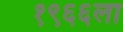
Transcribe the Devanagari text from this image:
१९६६ला